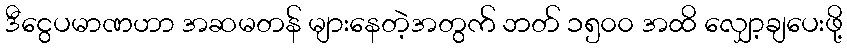
ဒီငွေပမာဏဟာ အဆမတန် များနေတဲ့အတွက် ဘတ် ၁၅၀၀ အထိ လျှော့ချပေးဖို့